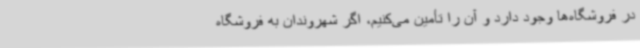
در فروشگاه‌ها وجود دارد و آن را تأمین می‌کنیم، اگر شهروندان به فروشگاه